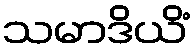
သမာဒိယိံ